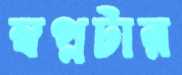
স্বপ্নটার